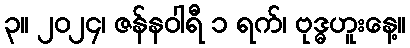
၃။ ၂၀၂၄၊ ဇန်နဝါရီ ၁ ရက်၊ ဗုဒ္ဓဟူးနေ့။